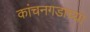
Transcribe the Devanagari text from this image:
कांचनगडाच्या